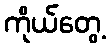
ကိုယ်တွေ့